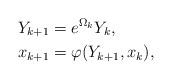
LaTeX: \begin{align*}Y_{k+1}&=e^{\Omega_k}Y_k,\\x_{k+1}&=\varphi(Y_{k+1},x_k),\end{align*}